Annual statistical returns and brief notes on vaccination in Bengal - 1896-1909
Year: 1896
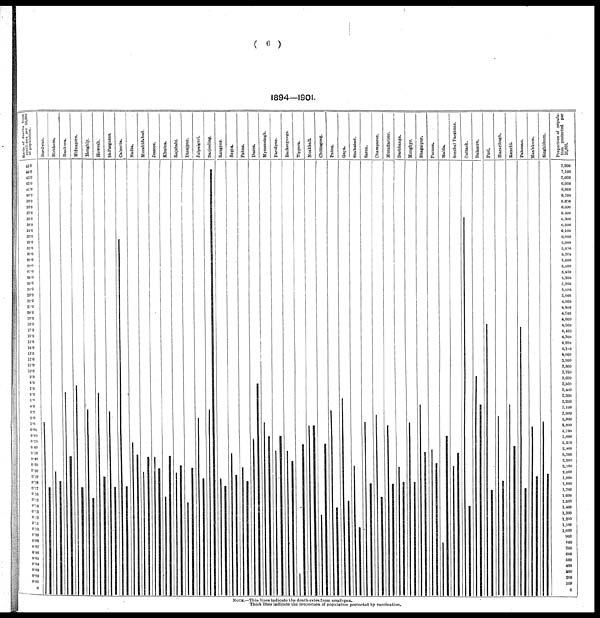
( 6 )
1894—1901.
NOTE.—Thin lines indicate the death-rates from small-pox.
Thick lines indicate the proportion of population protected by vaccination.